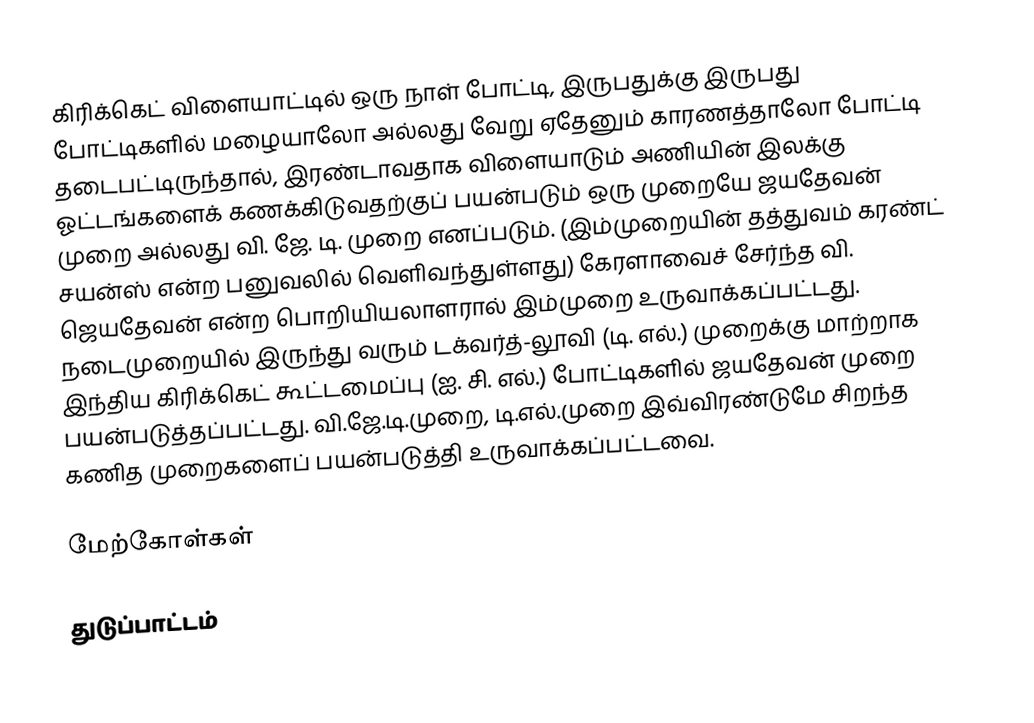
கிரிக்கெட் விளையாட்டில் ஒரு நாள் போட்டி, இருபதுக்கு இருபது போட்டிகளில் மழையாலோ அல்லது வேறு ஏதேனும் காரணத்தாலோ போட்டி தடைபட்டிருந்தால், இரண்டாவதாக விளையாடும் அணியின் இலக்கு ஓட்டங்களைக் கணக்கிடுவதற்குப் பயன்படும் ஒரு முறையே ஜயதேவன் முறை அல்லது வி. ஜே. டி. முறை எனப்படும். (இம்முறையின் தத்துவம் கரண்ட் சயன்ஸ் என்ற பனுவலில் வெளிவந்துள்ளது)  கேரளாவைச் சேர்ந்த வி. ஜெயதேவன் என்ற பொறியியலாளரால் இம்முறை உருவாக்கப்பட்டது. நடைமுறையில் இருந்து வரும் டக்வர்த்-லூவி (டி. எல்.) முறைக்கு மாற்றாக இந்திய கிரிக்கெட் கூட்டமைப்பு (ஐ. சி. எல்.) போட்டிகளில் ஜயதேவன் முறை பயன்படுத்தப்பட்டது. வி.ஜே.டி.முறை, டி.எல்.முறை இவ்விரண்டுமே சிறந்த கணித முறைகளைப் பயன்படுத்தி உருவாக்கப்பட்டவை.

மேற்கோள்கள்

துடுப்பாட்டம்